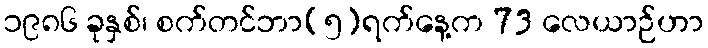
၁၉၈၆ ခုနှစ်၊ စက်တင်ဘာ(၅)ရက်နေ့က 73 လေယာဉ်ဟာ